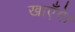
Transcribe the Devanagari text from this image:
खाएँगे।